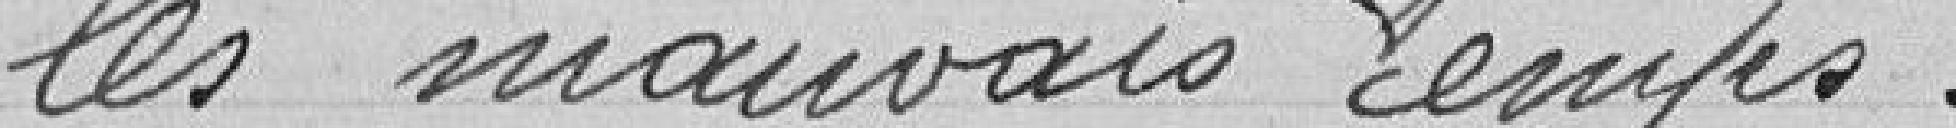
les mauvais temps.